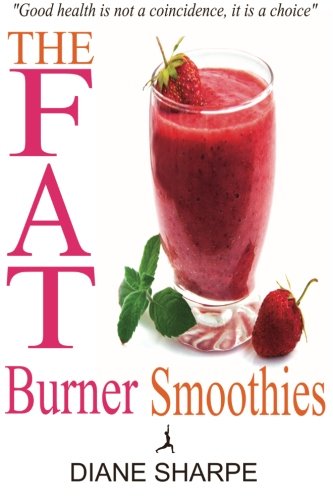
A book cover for The Fat Burner Smoothies: The Recipe Book of Fat Burning Superfood Smoothies with SuperFood Smoothies for Weight Loss and Smoothies for Good Health; Diane Sharpe; Cookbooks, Food & Wine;